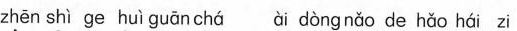
zhēn shì ge huì guānchá ài dòngnǎo de hǎo hái zi